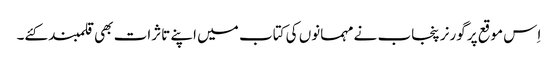
اِس موقع پر گورنر پنجاب نے مہمانوں کی کتاب میں اپنے تاثرات بھی قلمبند کئے۔